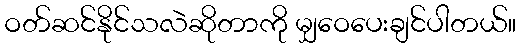
ဝတ်ဆင်နိုင်သလဲဆိုတာကို မျှဝေပေးချင်ပါတယ်။